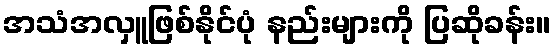
အသံအလှူဖြစ်နိုင်ပုံ နည်းများကို ပြဆိုခန်း။